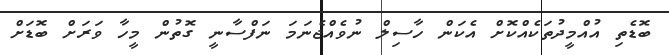
ބޮޑެތި އުއްމީދުތަކެއްކޮށް އެކަން ހާސިލް ނުވެއްޖެނަމަ ނަފްސާނީ ގޮތުން މީހާ ވަރަށް ބޮޑަށް